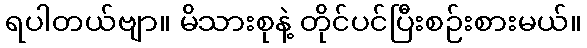
ရပါတယ်ဗျာ။ မိသားစုနဲ့ တိုင်ပင်ပြီးစဉ်းစားမယ်။